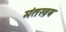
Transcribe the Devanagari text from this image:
मंतख़ब